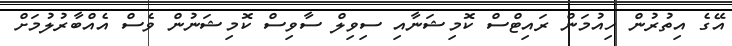
އޭގެ އިތުރުން ހިއުމަން ރައިޓްސް ކޮމިޝަނާއި ސިވިލް ސާވިސް ކޮމިޝަނުން ވެސް އެއްބާރުލުމަށް